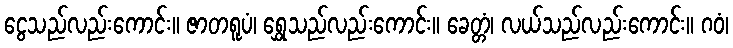
ငွေသည်လည်းကောင်း။ ဇာတရူပံ၊ ရွှေသည်လည်းကောင်း။ ခေတ္တံ၊ လယ်သည်လည်းကောင်း။ ဂဝံ၊